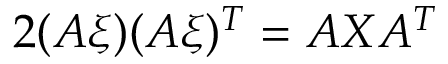
2 ( A \xi ) ( A \xi ) ^ { T } = A X A ^ { T }